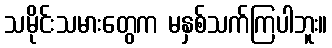
သမိုင်းသမားတွေက မနှစ်သက်ကြပါဘူး။